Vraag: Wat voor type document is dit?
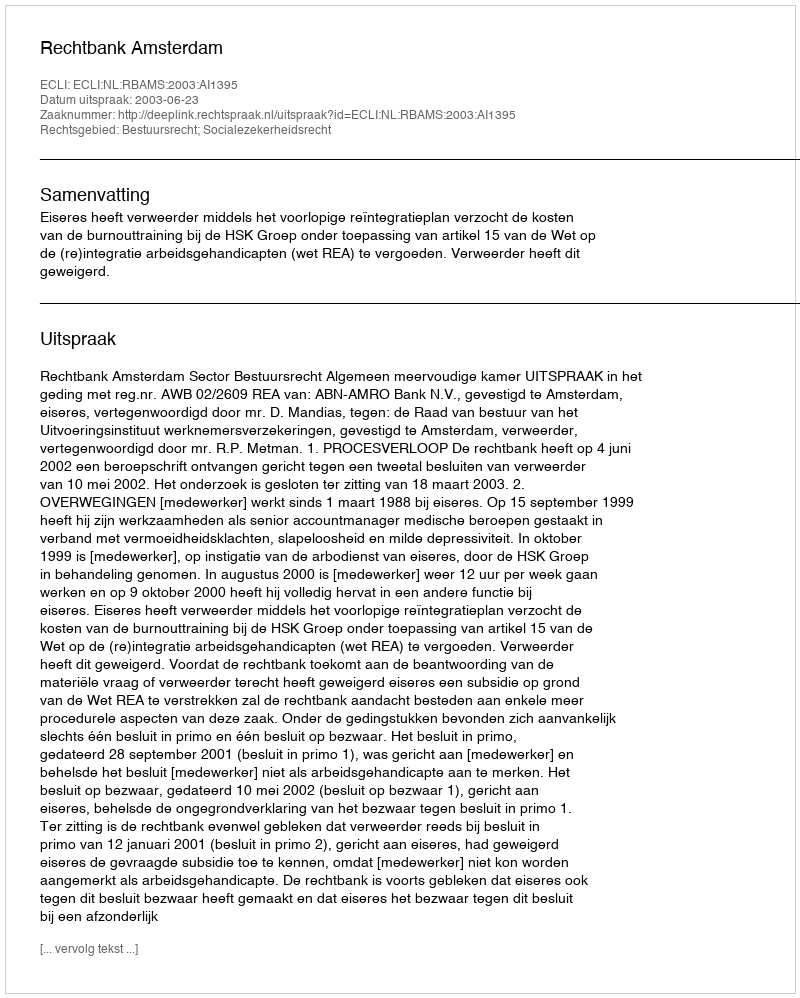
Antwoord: Uitspraak